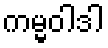
ကမ္မဝါဒါ